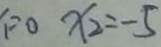
_ { 1 } = 0 x _ { 2 } = - 5